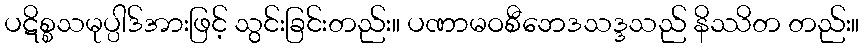
ပဋိစ္စသမုပ္ပါဒ်အားဖြင့် သွင်းခြင်းတည်း။ ပဏာမဝစီဘေဒသဒ္ဒသည် နိဿိတ တည်း။